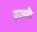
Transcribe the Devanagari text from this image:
क़लमी